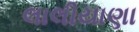
લાલીયાણા